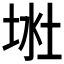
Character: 𱖶